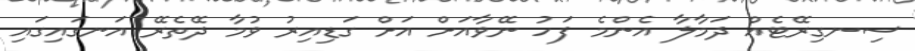
ސިނގިރޭޓެއް ދަމާލާ އެންމެ ފަހު ނޭވާއަށް އަށް ގަޑިއިރު ވުމާ ދޭތެރޭ އަނގައިގައި